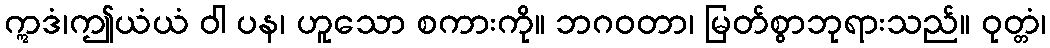
ဣဒံ၊ဤယံယံ ဝါ ပန၊ ဟူသော စကားကို။ ဘဂဝတာ၊ မြတ်စွာဘုရားသည်။ ဝုတ္တံ၊